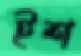
ইশ